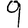
Digit: 9